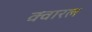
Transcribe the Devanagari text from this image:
क्वारल